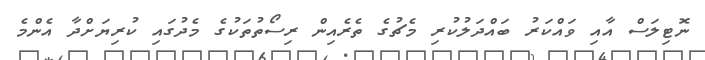
ނޮޓިލަސް އާއި ވައްކަރު ބައްދަލުކުރި މެޗުގެ ތެރެއިން ރިސޯތުތަކުގެ މެދުގައި ކުރިޔަށްދާ އެންމެ